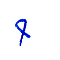
9